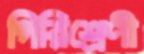
গিরিশ্রেণী